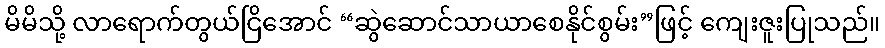
မိမိသို့ လာရောက်တွယ်ငြိအောင် “ဆွဲဆောင်သာယာစေနိုင်စွမ်း”ဖြင့် ကျေးဇူးပြုသည်။